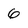
Character: 6